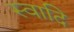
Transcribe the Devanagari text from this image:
स्वादि